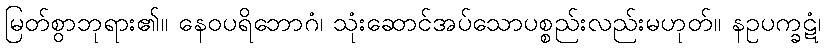
မြတ်စွာဘုရား၏။ နေဝပရိဘောဂံ၊ သုံးဆောင်အပ်သောပစ္စည်းလည်းမဟုတ်။ နဥပက္ခဋံ၊